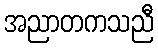
အညာတကသညီ